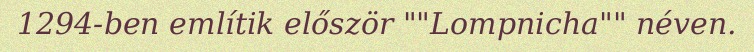
1294-ben említik először ""Lompnicha"" néven.